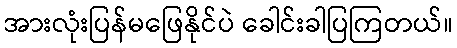
အားလုံးပြန်မဖြေနိုင်ပဲ ခေါင်းခါပြကြတယ်။